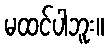
မထင်ပါဘူး။